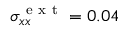
\sigma _ { x x } ^ { \mathrm { ~ e ~ x ~ t ~ } } = 0 . 0 4